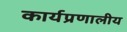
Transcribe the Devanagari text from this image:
कार्यप्रणालीय